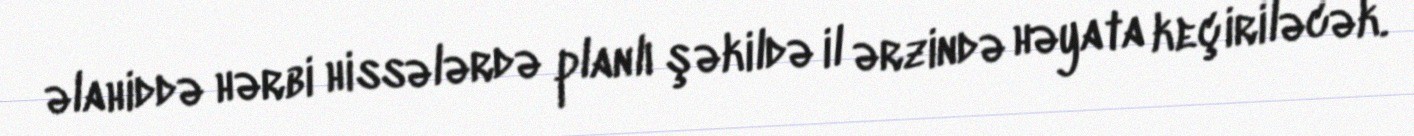
əlahiddə hərbi hissələrdə planlı şəkildə il ərzində həyata keçiriləcək.